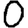
Digit: 0